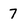
Character: 7